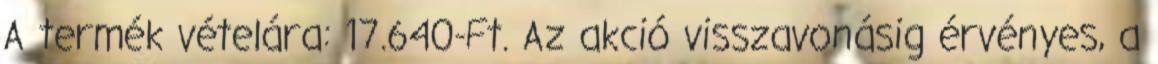
A termék vételára: 17.640-Ft. Az akció visszavonásig érvényes, a